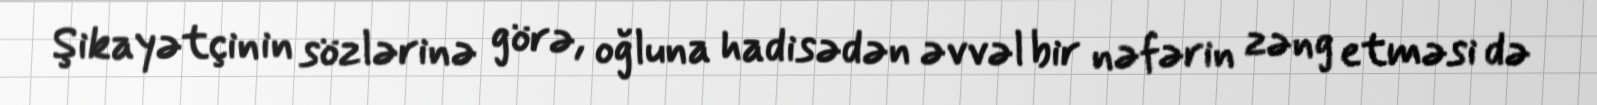
Şikayətçinin sözlərinə görə, oğluna hadisədən əvvəl bir nəfərin zəng etməsi də